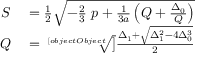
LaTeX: \begin{array} { r l } { S } & { { } = { \frac { 1 } { 2 } } { \sqrt { - { \frac { 2 } { 3 } } \ p + { \frac { 1 } { 3 a } } \left( Q + { \frac { \Delta _ { 0 } } { Q } } \right) } } } \\ { Q } & { { } = { \sqrt [ [object Object] ] { \frac { \Delta _ { 1 } + { \sqrt { \Delta _ { 1 } ^ { 2 } - 4 \Delta _ { 0 } ^ { 3 } } } } { 2 } } } } \end{array}